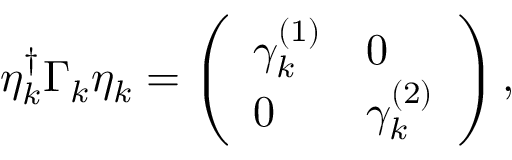
\begin{array} { r } { \eta _ { k } ^ { \dag } \Gamma _ { k } \eta _ { k } = \left( \begin{array} { l l } { \gamma _ { k } ^ { ( 1 ) } } & { 0 } \\ { 0 } & { \gamma _ { k } ^ { ( 2 ) } } \end{array} \right) , } \end{array}